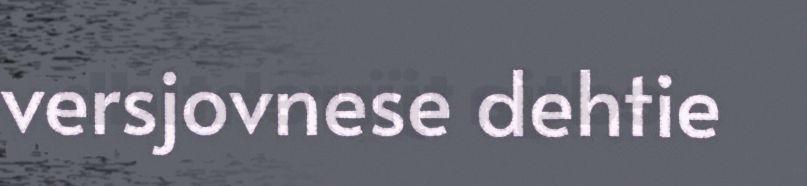
versjovnese dehtie